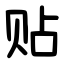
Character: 贴